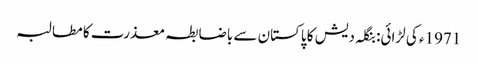
1971ء کی لڑائی: بنگلہ دیش کا پاکستان سے باضابطہ معذرت کا مطالبہ